Indian journal of veterinary science and animal husbandry - Volume 2,
Year: 1932
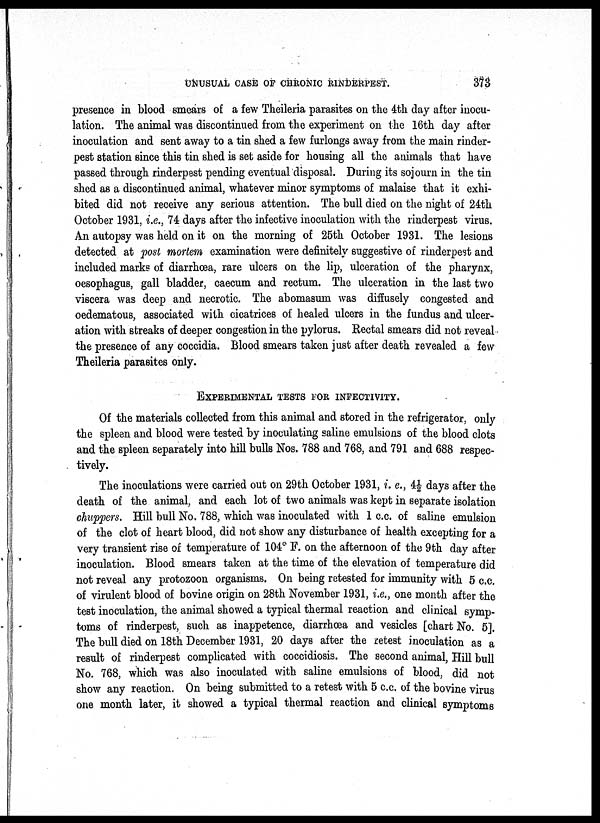
UNUSUAL CASE OF CHRONIC RINDERPEST.
373
presence in blood smears of a few Theileria parasites on the 4th day after inocu-
lation. The animal was discontinued from the experiment on the 16th day after
inoculation and sent away to a tin shed a few furlongs away from the main rinder-
pest station since this tin shed is set aside for housing all the animals that have
passed through rinderpest pending eventual disposal. During its sojourn in the tin
shed as a discontinued animal, whatever minor symptoms of malaise that it exhi-
bited did not receive any serious attention. The bull died on the night of 24th
October 1931, i.e., 74 days after the infective inoculation with the rinderpest virus.
An autopsy was held on it on the morning of 25th October 1931. The lesions
detected at post mortem examination were definitely suggestive of rinderpest and
included marks of diarrhœa, rare ulcers on the lip, ulceration of the pharynx,
oesophagus, gall bladder, cæcum and rectum. The ulceration in the last two
viscera was deep and necrotic. The abomasum was diffusely congested and
oedematous, associated with cicatrices of healed ulcers in the fundus and ulcer-
ation with streaks of deeper congestion in the pylorus. Rectal smears did not reveal
the presence of any coccidia. Blood smears taken just after death revealed a few
Theileria parasites only.
EXPERIMENTAL TESTS FOR INFECTIVITY.
Of the materials collected from this animal and stored in the refrigerator, only
the spleen and blood were tested by inoculating saline emulsions of the blood clots
and the spleen separately into hill bulls Nos. 788 and 768, and 791 and 688 respec-
tively.
The inoculations were carried out on 29th October 1931, i. e., 4½ days after the
death of the animal, and each lot of two animals was kept in separate isolation
chuppers. Hill bull No. 788, which was inoculated with 1 c.c. of saline emulsion
of the clot of heart blood, did not show any disturbance of health excepting for a
very transient rise of temperature of 104° F. on the afternoon of the 9th day after
inoculation. Blood smears taken at the time of the elevation of temperature did
not reveal any protozoon organisms. On being retested for immunity with 5 c.c.
of virulent blood of bovine origin on 28th November 1931, i.e., one month after the
test inoculation, the animal showed a typical thermal reaction and clinical symp-
toms of rinderpest, such as inappetence, diarrhœa and vesicles [chart No. 5].
The bull died on 18th December 1931, 20 days after the retest inoculation as a
result of rinderpest complicated with coccidiosis. The second animal, Hill bull
No. 768, which was also inoculated with saline emulsions of blood, did not
show any reaction. On being submitted to a retest with 5 c.c. of the bovine virus
one month later, it showed a typical thermal reaction and clinical symptoms